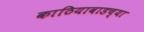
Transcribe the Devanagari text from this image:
काठियावाडच्या